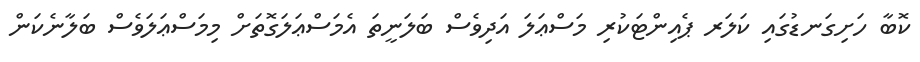
ކޮބާ ހަށިގަނޑުގައި ކަލަރ ޕެއިންޓަކުރި މަސްޢަލަ އަދިވެސް ބަލަނީތަ އެމަސްޢަލަގޮތަށް މިމަސްޢަލަވެސް ބަލާނެކަން